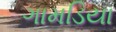
ગામડિયા